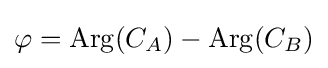
\varphi =\operatorname {Arg} (C_{A})-\operatorname {Arg} (C_{B})